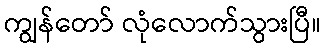
ကျွန်တော် လုံလောက်သွားပြီ။